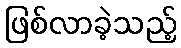
ဖြစ်လာခဲ့သည့်